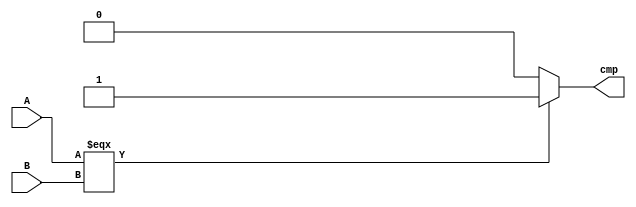
`timescale 1ns / 1ps
//////////////////////////////////////////////////////////////////////////////////
// Company: 
// Engineer: 
// 
// Design Name: 
// Module Name:    CMP 
// Project Name: 
// Target Devices: 
// Tool versions: 
// Description: 
//
// Dependencies: 
//
// Revision: 
// Revision 0.01 - File Created
// Additional Comments: 
//
//////////////////////////////////////////////////////////////////////////////////
module CMP(                //b
    input [31:0] A,
    input [31:0] B,
    output cmp            //Br=1   Br=0
    );
	 assign cmp=(A===B)?1:0;


endmodule